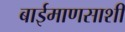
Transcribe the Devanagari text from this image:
बाईमाणसाशी